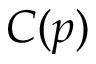
C ( p )